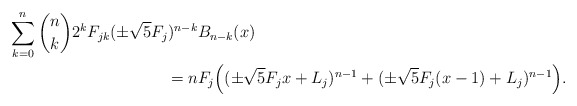
\begin{align*}\sum_{k=0}^n {n\choose k} 2^k F_{jk} (\pm \sqrt{5}F_j)^{n-k} &B_{n-k}(x) \\= n & F_j \Big ((\pm\sqrt{5}F_j x + L_{j} )^{n-1}+ (\pm\sqrt{5}F_j (x-1) + L_{j} )^{n-1}\Big ).\end{align*}